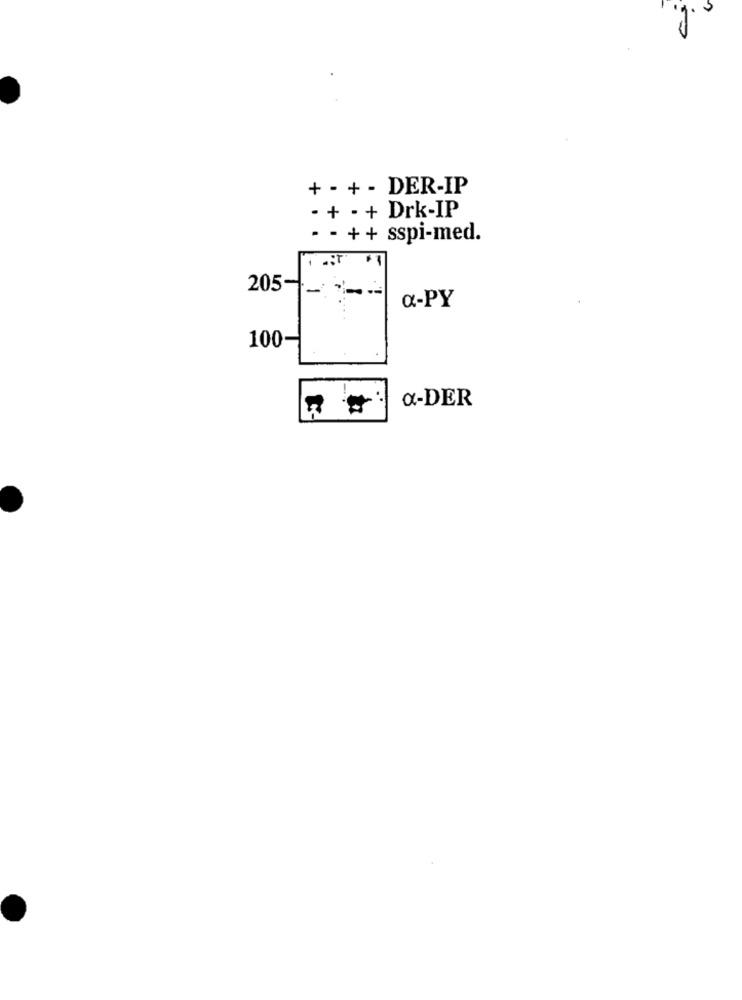
+ - + - DER-IP
· + - + Drk-IP
- - ++ sspi-med.
205-
a-PY
100-
a-DER